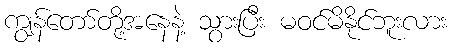
ကျွန်တော်တို့အနေနဲ့ သွားပြီး မဝင်မိနိုင်ဘူးလား